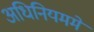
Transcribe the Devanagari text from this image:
अधिनियममें